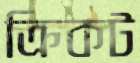
ক্রিকট